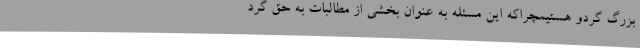
بزرگ گردو هستیمچراکه این مسئله به عنوان بخشی از مطالبات به حق گرد